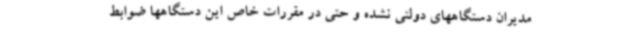
مدیران دستگاههای دولتی نشده و حتی در مقررات خاص این دستگاهها ضوابط